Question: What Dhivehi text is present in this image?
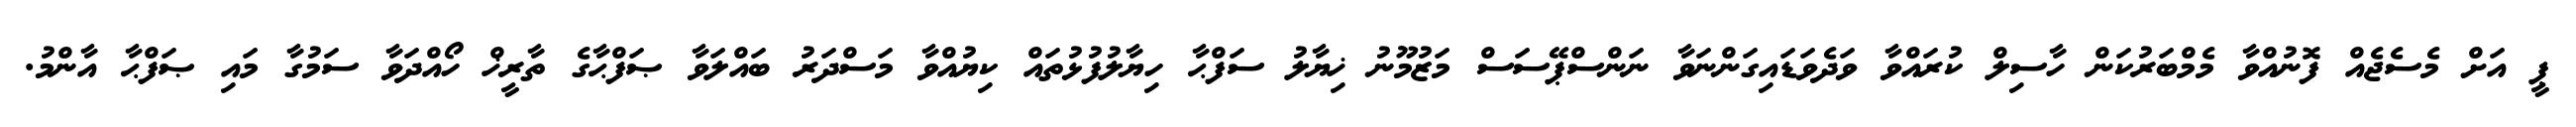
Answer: ޕީ އަށް މެސެޖެއް ފޮނުއްވާ މެމްބަރުކަން ހާސިލް ކުރައްވާ ވަދެވަޑައިގަންނަވާ ނަންސްޕޭސަސް މަޒުމޫނު ޚިޔާލު ސަފްޙާ ހިޔާލުފުޅުތައް ކިޔުއްވާ މަސްދަރު ބައްލަވާ ޞަފްޙާގެ ތާރީޚް ހޯއްދަވާ ސަމުގާ މައި ޞަފްޙާ އާންމު.